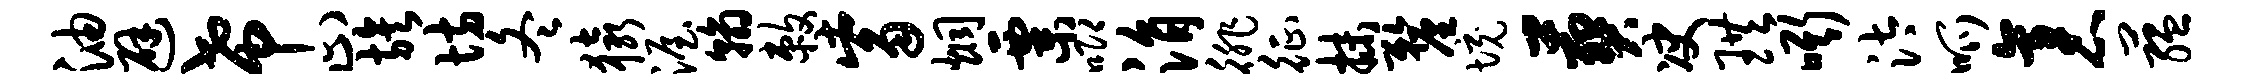
油避希止族坊冬猿渥翰敕觜炯粟唧涓徘征抹厘境葬决珙嘶汰呱袤蕴